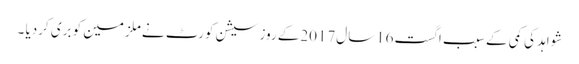
شواہد کی کمی کے سبب اگست16سال2017کے روز سیشن کورٹ نے ملزمین کو بری کردیا ۔